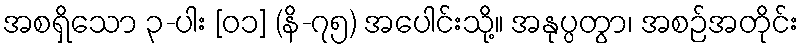
အစရှိသော ၃-ပါး [၀၁] (နိ-၇၅) အပေါင်းသို့။ အနုပ္ပတွာ၊ အစဉ်အတိုင်း